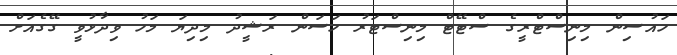
ހައުސިން މިނިސްޓްރީގެ ސްޓޭޓް މިނިސްޓަރު ހަސަން ރަޝީދު މިދިޔަ މަހު ވިދާޅުވީ ގޭގެއަށް